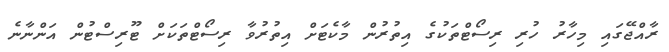
ރާއްޖޭގައި މިހާރު ހުރި ރިސޯޓްތަކުގެ އިތުރުން މާކެޓަށް އިތުރުވާ ރިސޯޓްތަކަށް ޓޫރިސްޓުން އަންނާނެ